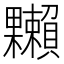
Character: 𣡙